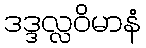
ဒဒ္ဒလ္လဝိမာနံ